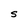
Character: s